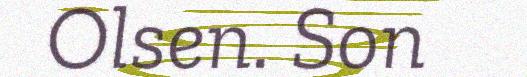
Olsen. Son